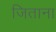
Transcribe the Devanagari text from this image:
जिताना